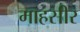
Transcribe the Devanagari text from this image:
माहसीर